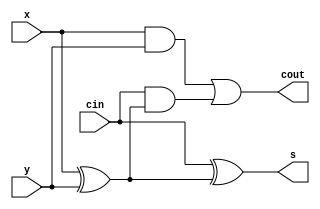
module fadder(x, y, cin, s, cout);
input x, y, cin;
output s, cout;
wire m1,m2,m3;
xor(m1,x,y);
xor(s,cin,m1);
and(m2,cin,m1);
and(m3,x,y);
or(cout,m3,m2);
endmodule

module mux2(a1, b1, s1, f1);   
input a1, b1, s1;
output f1;
wire m4,m5,m6;
	not(m4,s1);
	and(m5,m4,a1);
	and(m6,s1,b1);
	or(f1,m5,m6);
endmodule

module mux2_8b(a3, b3, s3, f3);
input[7:0] a3, b3;
input s3;
output reg[7:0] f3;
wire k4,k5,k6;
/*not(k4,s3s3s3s3s3s3s3s3);
and(k5,k4,a3);
and(k6,s3s3s3s3s3s3s3s3,b3);
or(f3,k5,k6);*/
always @(a3 or b3 or s3) 
begin
	if(s3)
		f3 = a3; 
	else 
		f3 = b3;
end
endmodule

module add8b(a2, b2, ci2, s2, cout2); 
input[7:0] a2,b2;
input ci2; 
output[7:0] s2;
output cout2;
wire[6:0] w;
wire[7:0] t;
xor(t[0], b2[0], ci2);
xor(t[1], b2[1], ci2);
xor(t[2], b2[2], ci2);
xor(t[3], b2[3], ci2);
xor(t[4], b2[4], ci2);
xor(t[5], b2[5], ci2); 
xor(t[6], b2[6], ci2);
xor(t[7], b2[7], ci2);
fadder fadder1(a2[0], t[0], ci2, s2[0],w[0]);
fadder fadder2(a2[1], t[1], w[0], s2[1],w[1]);
fadder fadder3(a2[2], t[2], w[1], s2[2],w[2]);
fadder fadder4(a2[3], t[3], w[2], s2[3],w[3]);
fadder fadder5(a2[4], t[4], w[3], s2[4],w[4]);
fadder fadder6(a2[5], t[5], w[4], s2[5],w[5]);
fadder fadder7(a2[6], t[6], w[5], s2[6],w[6]);
fadder fadder8(a2[7], t[7], w[6], s2[7],cout2);
endmodule

module bu2(x2, y2);
input[7:0] x2;
output[7:0] y2;
wire[7:0] n0;
wire Cout2;
	not(n0[0], x2[0]);
	not(n0[1], x2[1]);
	not(n0[2], x2[2]);
	not(n0[3], x2[3]);
	not(n0[4], x2[4]);
	not(n0[5], x2[5]);
	not(n0[6], x2[6]);
	not(n0[7], x2[7]);
	add8b add1(n0[7:0],8'd1,1'b0,y2[7:0],Cout2);         
endmodule 

module SmallAlu(a,b,out,alb);
input[7:0] a,b;
output[7:0] out;
output alb;
wire[7:0] numb, num;
wire c_temp;
add8b truab(a,b,1'b1,num,c_temp);
mux2 mux2alb(1'b0,1'b1,c_temp,alb);
bu2 bu21(num,numb);
mux2_8b mux2num(num,numb,c_temp,out);	
endmodule